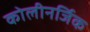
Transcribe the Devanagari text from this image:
कोलीनर्जिक